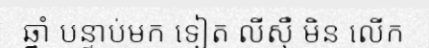
ឆ្នាំ បន្ទាប់មក ទៀត លីស៊ឺ មិន លើក